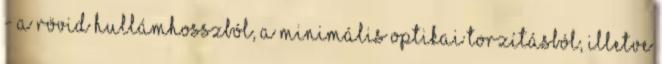
- a rövid hullámhosszból, a minimális optikai torzításból, illetve